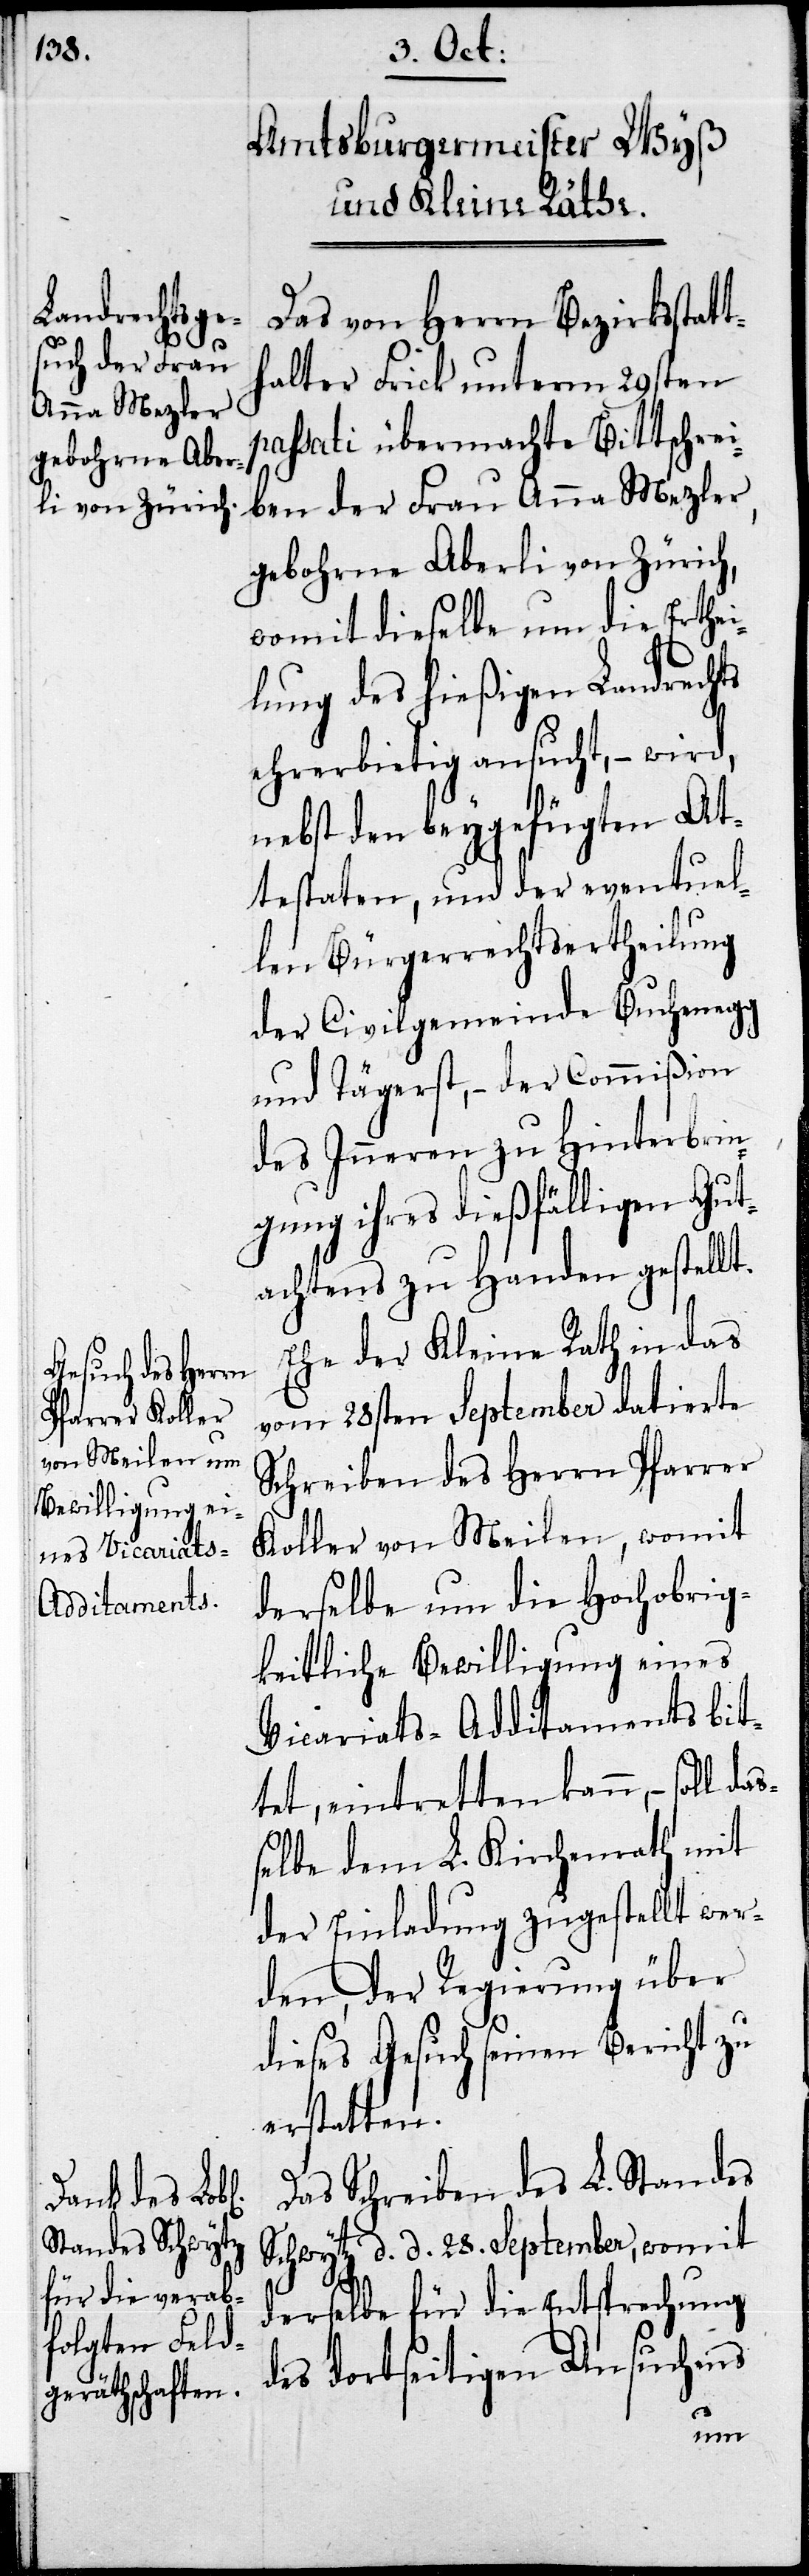
Das von Herrn Bezirksstatt¬
halter Frick unterm 29sten
passati übermachte Bittschrei¬
ben der Frau Anna Mezler,
gebohrne Aberli von Zürich,
womit dieselbe um die Erthei¬
lung des hießigen Landrechts
ehrerbietig ansucht, – wird,
nebst den beygefügten At¬
testaten, und der eventuel¬
len Bürgerrechtsertheilung
der Civilgemeinde Buchenegg
und Tägerst, – der Commißion
des Inneren zu Hinterbrin¬
gung ihres dießfälligen Gut¬
achtens zu Handen gestellt.
Ehe der Kleine Rath in das
vom 28sten September datierte
Schreiben des Herrn Pfarrer
Koller von Meilen, womit
derselbe um die Hochobrig¬
keitliche Bewilligung eines
Vicariats-Additaments bit¬
tet, eintretten kann, – soll
ßelbe dem L. Kircherath mit
der Einladung zugestellt wer¬
den, der Regierung über
dieses Gesuch seinen Bericht zu
erstatten.
Das Schreiben des L. Standes
Schwyzt d. d. 28. September, womit
derselbe für die Entsprechung
des dortseitigen Ansuchens
da¬